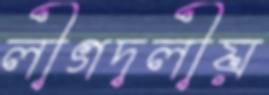
লীগদলীয়